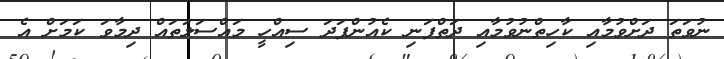
ނުވަތަ ދަށްވުމާއި ކާހިތްނުވުމާއި ދަތްފަނި ކެއުންފަދަ ސިއްހީ މައްސަލަތައް ދިމާވަ ކަމަށް އެ